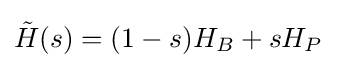
{\tilde {H}}(s)=(1-s)H_{B}+sH_{P}